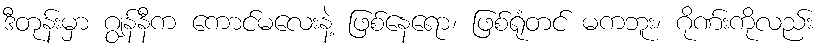
ဒီတုန်းမှာ ဂျွန်နီက ကောင်မလေးနဲ့ ဖြစ်နေရော၊ ဖြစ်ရုံတင် မကဘူး၊ ဂိုဏ်းကိုလည်း